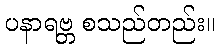
ပနာရဗ္ဘ စသည်တည်း။